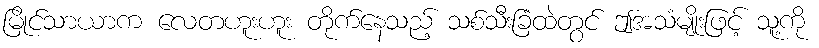
မြိုင်သာယာက လေတဟူးဟူး တိုက်နေသည့် သစ်သီးခြံထဲတွင် ဤအသံမျိုးဖြင့် သူ့ကို